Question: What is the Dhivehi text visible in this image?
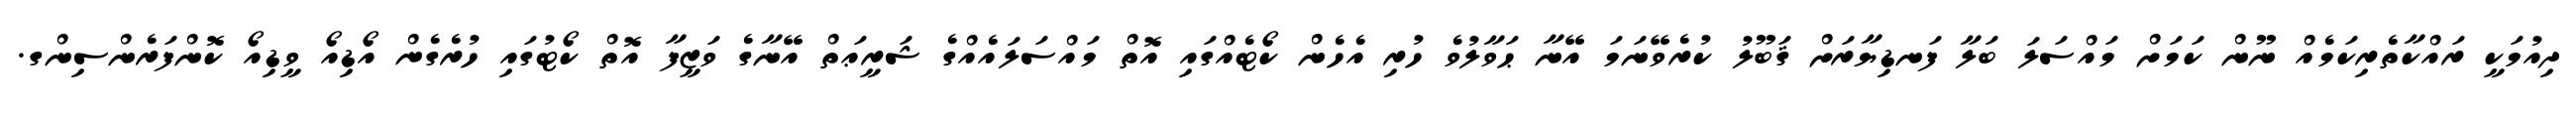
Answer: ދިއުމަކީ ރައްކާތެރިކަމެއް ނޫން ކަމަށް މައްސަލަ ބަލާ ފަނޑިޔާރަށް ޤަބޫލު ކުރެވޭނަމަ އޭނާ ޙަވާލުވެ ހުރި އެހެން ކޯޓެއްގައި އޮތް މައްސަލައެއްގެ ޝަރީޢަތް އޭނާގެ ވަޒީފާ އޮތް ކޯޓުގައި ހުރެގެން އޯޑިއޯ ވީޑިއޯ ކޮންފަރެންސިންގ.